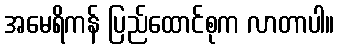
အမေရိကန် ပြည်ထောင်စုက လာတာပါ။